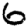
Digit: 6